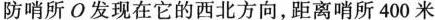
防哨所О发现在它的西北方向，距离哨所400米